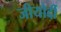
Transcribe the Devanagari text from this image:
जीयौर्दी